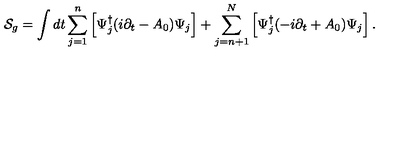
{ \cal S } _ { g } = \int d t \sum _ { j = 1 } ^ { n } \left[ \Psi _ { j } ^ { \dagger } ( i \partial _ { t } - A _ { 0 } ) \Psi _ { j } \right] + \sum _ { j = n + 1 } ^ { N } \left[ \Psi _ { j } ^ { \dagger } ( - i \partial _ { t } + A _ { 0 } ) \Psi _ { j } \right] .